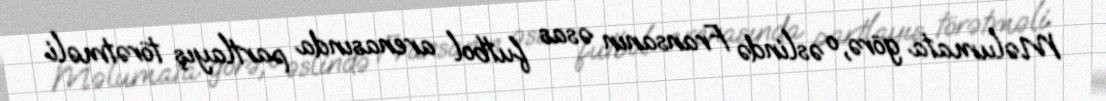
Məlumata görə, o əslində Fransanın əsas futbol arenasında partlayış törətməli